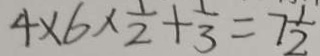
4 \times 6 \times \frac { 1 } { 2 } + \frac { 1 } { 3 } = 7 \frac { 1 } { 2 }